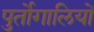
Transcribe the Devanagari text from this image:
पुर्तोगालियों